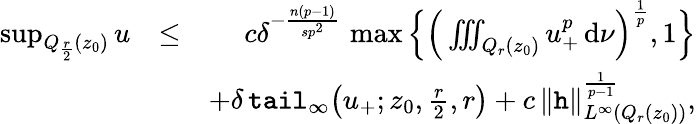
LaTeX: \begin{array}{rlr}{\operatorname*{sup}_{Q_{\frac{r}{2}}(z_{0})}u}&{\le}&{c\delta^{-\frac{n(p-1)}{sp^{2}}}\, \operatorname*{max}\Big\{ \Big(\iiint_{Q_{r}(z_{0})}u_{+}^{p}\, \mathrm{d}\nu\Big)^{\frac{1}{p}},1\Big\} }\\ &{}&{+\delta\, \textup{\texttt{tail}}_{\infty}\big(u_{+};z_{0},\frac{r}{2},r\big)+c\, \| \textup{\texttt{h}}\| _{L^{\infty}(Q_{r}(z_{0}))}^{\frac{1}{p-1}},}\end{array}